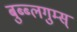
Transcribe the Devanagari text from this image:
बुब्ब्लगुम्स्